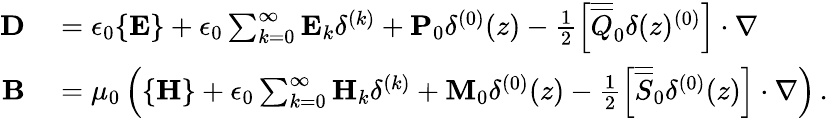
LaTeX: \begin{array}{rl}{\mathbf{D}}&{{}=\epsilon_{0}\{ \mathbf{E}\} +\epsilon_{0}\sum_{k=0}^{\infty}\mathbf{E}_{k}\delta^{(k)}+\mathbf{P}_{0}\delta^{(0)}(z)-\frac{1}{2}\left[\overline{{\overline{{Q}}}}_{0}\delta(z)^{(0)}\right]\cdot\nabla}\\ {\mathbf{B}}&{{}=\mu_{0}\left(\{ \mathbf{H}\} +\epsilon_{0}\sum_{k=0}^{\infty}\mathbf{H}_{k}\delta^{(k)}+\mathbf{M}_{0}\delta^{(0)}(z)-\frac{1}{2}\left[\overline{{\overline{{S}}}}_{0}\delta^{(0)}(z)\right]\cdot\nabla\right)\, .}\end{array}